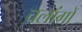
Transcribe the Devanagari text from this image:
चलांगों